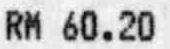
RM 60.20